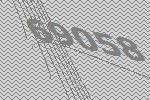
69058